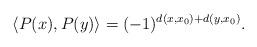
LaTeX: \begin{align*}\langle P(x),P(y)\rangle=(-1)^{d(x,x_0)+d(y,x_0)}.\end{align*}